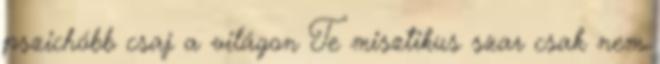
pszichóbb csaj a világon Te misztikus szar csak nem